Document type: Sale
Year: 1274
Scribe: [Unknown]
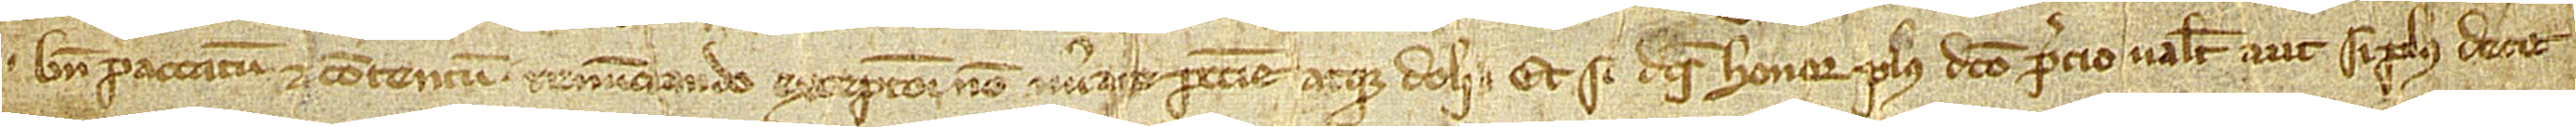
bene paccatum et contentum, renunciando excepcioni non numerate peccunie atque doli. Et si dictus honor plus dicto precio valet aut si plus dece-